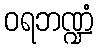
ဝရဘဏ္ဍံ